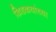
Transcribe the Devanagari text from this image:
खिडकयांच्या